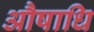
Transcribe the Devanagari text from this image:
औषाधि